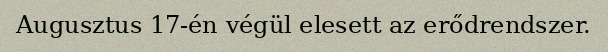
Augusztus 17-én végül elesett az erődrendszer.